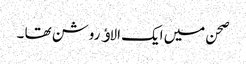
صحن میں ایک الاﺅ روشن تھا ۔